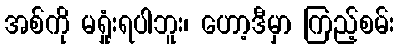
အစ်ကို မရှုံးရပါဘူး၊ ဟော့ဒီမှာ ကြည့်စမ်း